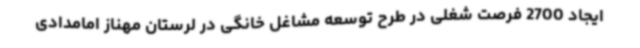
ایجاد 2700 فرصت شغلی در طرح توسعه مشاغل خانگی در لرستان مهناز امامدادی